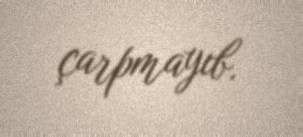
çarpmayıb.